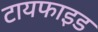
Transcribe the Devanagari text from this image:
टायफाइड